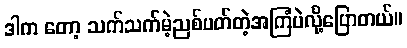
ဒါက တော့ သက်သက်မဲ့ညစ်ပတ်တဲ့အကြံပဲလို့ပြောတယ်။